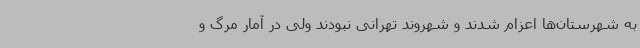
به شهرستان‌ها اعزام شدند و شهروند تهرانی نبودند ولی در آمار مرگ و